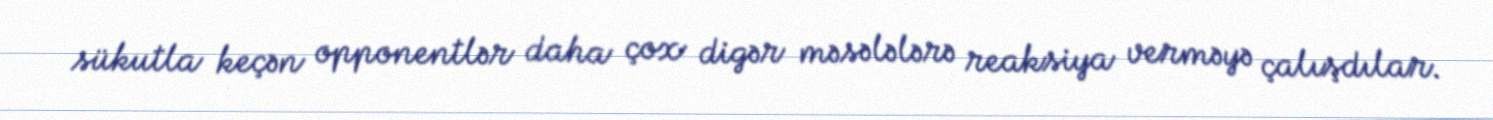
sükutla keçən opponentlər daha çox digər məsələlərə reaksiya verməyə çalışdılar.